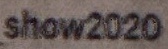
show2020